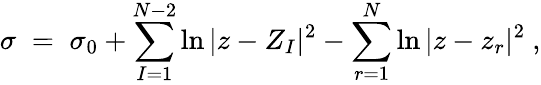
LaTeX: \sigma\; =\; \sigma_{0}+\sum_{I=1}^{N-2}\ln|z-Z_{I}|^{2}-\sum_{r=1}^{N}\ln|z-z_{r}|^{2}\ ,